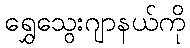
ရွှေသွေးဂျာနယ်ကို